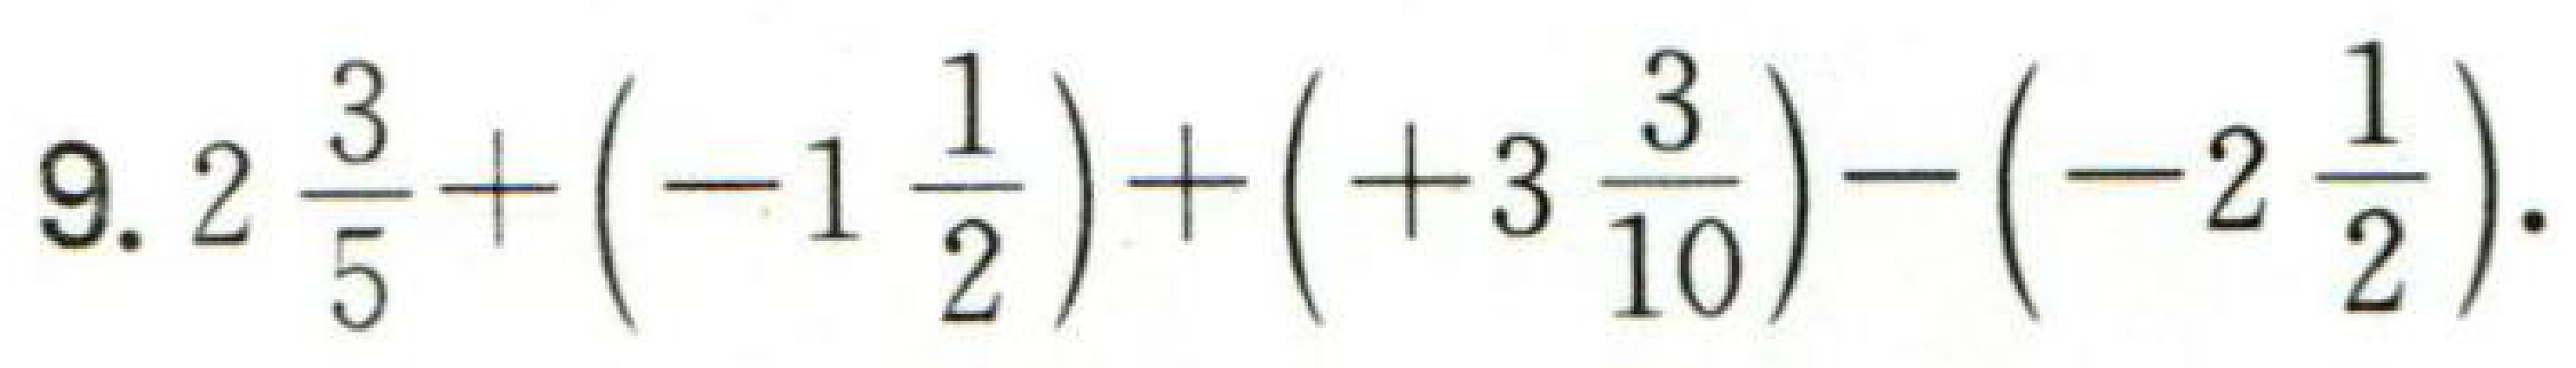
$9.2\frac{3}{5}+(-1\frac{1}{2})+( + 3\frac{3}{10})-(-2\frac{1}{2}).$